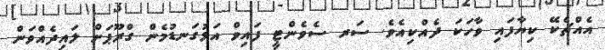
އެއްޗެކޭ ކިޔާފައި ވާހަކަ ދެއްކިއެވެ. ސަރ ސެވެންޓީ ފައިވް އަޅުގަނޑުމެން ގްރޫޕަށް ލައިދެއްވަން